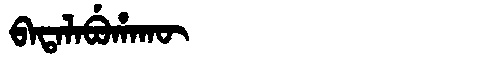
Manchu: ᠪᠠᡨᠠᠯᠠᠪᡠᡥᠠᡴᡡ
Romanization: BATALABUHAKŪ